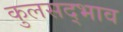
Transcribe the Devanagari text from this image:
कुलसद्भाव